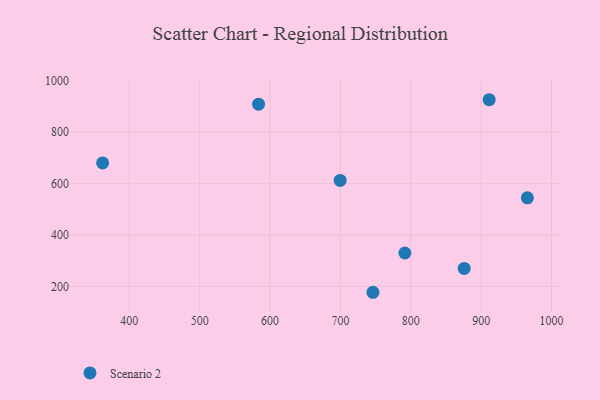
{"axis": {"x": "Investment", "y": "Rating"}, "legend": ["Scenario 2"], "data": [{"x": "746.2", "y": 177.4, "type": "Scenario 2"}, {"x": "875.9", "y": 270.4, "type": "Scenario 2"}, {"x": "911.4", "y": 926.7, "type": "Scenario 2"}, {"x": "965.7", "y": 544.8, "type": "Scenario 2"}, {"x": "699.6", "y": 612.5, "type": "Scenario 2"}, {"x": "362.0", "y": 680.6, "type": "Scenario 2"}, {"x": "791.6", "y": 330.3, "type": "Scenario 2"}, {"x": "583.6", "y": 909.2, "type": "Scenario 2"}]}